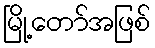
မြို့တော်အဖြစ်